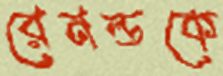
রেনল্ডকে